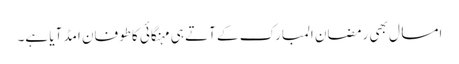
امسال بھی رمضان المبارک کے آتے ہی مہنگائی کاطوفان امڈ آیا ہے۔